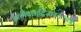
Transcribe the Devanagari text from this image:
आत्मैवाभूद्विजानतः।तत्र